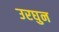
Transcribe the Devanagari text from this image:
उरघुन